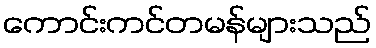
ကောင်းကင်တမန်များသည်